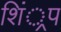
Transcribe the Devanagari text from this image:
शिं्रप